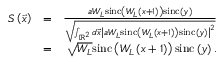
\begin{array} { r l r } { S \left( \vec { x } \right) } & { = } & { \frac { a W _ { L } \mathrm { s i n c } \left( W _ { L } \left( x + 1 \right) \right) \mathrm { s i n c } \left( y \right) } { \sqrt { \int _ { \mathbb { R } ^ { 2 } } d \vec { x } \left| a W _ { L } \mathrm { s i n c } \left( W _ { L } \left( x + 1 \right) \right) \mathrm { s i n c } \left( y \right) \right| ^ { 2 } } } } \\ & { = } & { \sqrt { W _ { L } } \mathrm { s i n c } \left( W _ { L } \left( x + 1 \right) \right) \mathrm { s i n c } \left( y \right) . } \end{array}